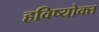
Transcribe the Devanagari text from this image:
हविष्योक्त